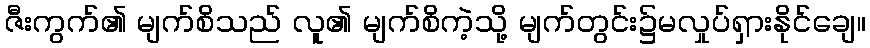
ဇီးကွက်၏ မျက်စိသည် လူ၏ မျက်စိကဲ့သို့ မျက်တွင်း၌မလှုပ်ရှားနိုင်ချေ။